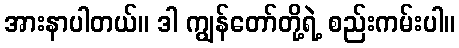
အားနာပါတယ်။ ဒါ ကျွန်တော်တို့ရဲ့ စည်းကမ်းပါ။